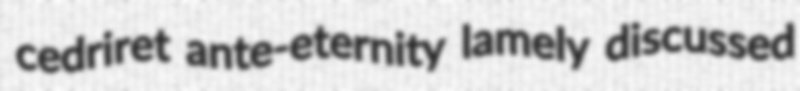
cedriret ante-eternity lamely discussed